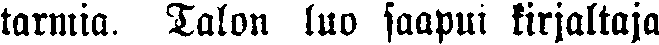
tarmia. Talon luo saapui kirjaltaja